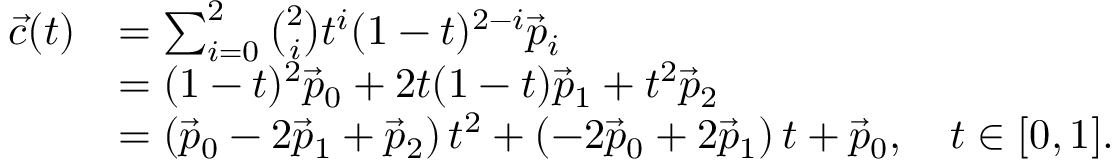
{ \begin{array} { r l } { { \vec { c } } ( t ) } & { = \sum _ { i = 0 } ^ { 2 } { \binom { 2 } { i } } t ^ { i } ( 1 - t ) ^ { 2 - i } { \vec { p } } _ { i } } \\ & { = ( 1 - t ) ^ { 2 } { \vec { p } } _ { 0 } + 2 t ( 1 - t ) { \vec { p } } _ { 1 } + t ^ { 2 } { \vec { p } } _ { 2 } } \\ & { = \left( { \vec { p } } _ { 0 } - 2 { \vec { p } } _ { 1 } + { \vec { p } } _ { 2 } \right) t ^ { 2 } + \left( - 2 { \vec { p } } _ { 0 } + 2 { \vec { p } } _ { 1 } \right) t + { \vec { p } } _ { 0 } , \quad t \in [ 0 , 1 ] . } \end{array} }